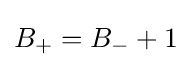
B_{+}=B_{-}+1